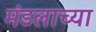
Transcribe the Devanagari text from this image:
मंडलाच्या